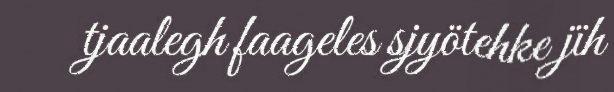
tjaalegh faageles sjyötehke jïh